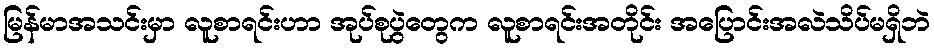
မြန်မာအသင်းမှာ လူစာရင်းဟာ အုပ်စုပွဲတွေက လူစာရင်းအတိုင်း အပြောင်းအလဲသိပ်မရှိဘဲ